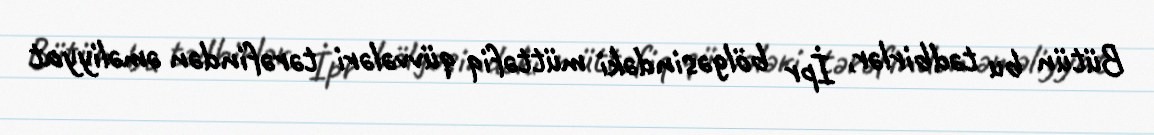
Bütün bu tədbirlər, İpr bölgəsindəki müttəfiq qüvvələri tərəfindən əməliyyat